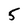
Character: 5